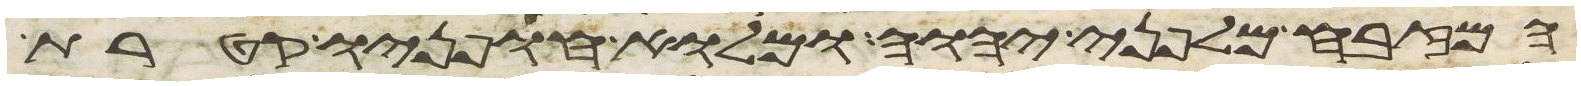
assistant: המזבח מלפני יהוה ומלוא חפניו קטרת